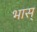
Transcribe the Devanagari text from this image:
भास्